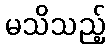
မသိသည့်